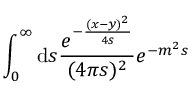
\int _ { 0 } ^ { \infty } \mathrm { d } s \frac { e ^ { - \frac { ( x - y ) ^ { 2 } } { 4 s } } } { ( 4 \pi s ) ^ { 2 } } e ^ { - m ^ { 2 } s }